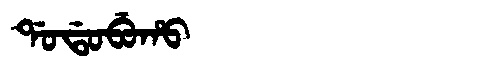
Manchu: ᡩᠣᡩᠣᠪᡠᡥᠣ
Romanization: DODOBUHO